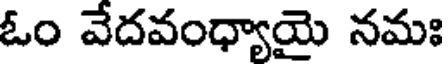
ఓం వేదవంధ్యాయై నమః